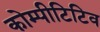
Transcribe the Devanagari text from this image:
कोम्पीटिटिव